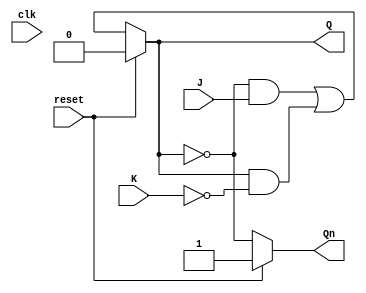
module JK_ff(
    input clk,
    input reset,
    input J, K,
    output reg Q, Qn
);

reg master_latch, slave_latch;

always @(posedge clk)
begin
    master_latch <= (J & ~K) | (master_latch & ~K);
end

always @(negedge clk)
begin
    slave_latch <= master_latch;
end

always @(*)
begin
    if (reset)
    begin
        Q <= 1'b0;
        Qn <= 1'b1;
    end
    else
    begin
        Q <= (~Q & J) | (Q & ~K);
        Qn <= ~Q;
    end
end

endmodule